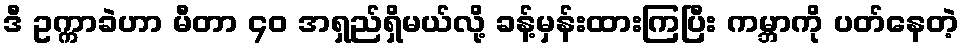
ဒီ ဥက္ကာခဲဟာ မီတာ ၄၀ အရှည်ရှိမယ်လို့ ခန့်မှန်းထားကြပြီး ကမ္ဘာကို ပတ်နေတဲ့